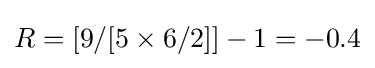
R=[9/[5\times 6/2]]-1=-0.4